Burma Government Medical School reports 1907-22
Year: 1907
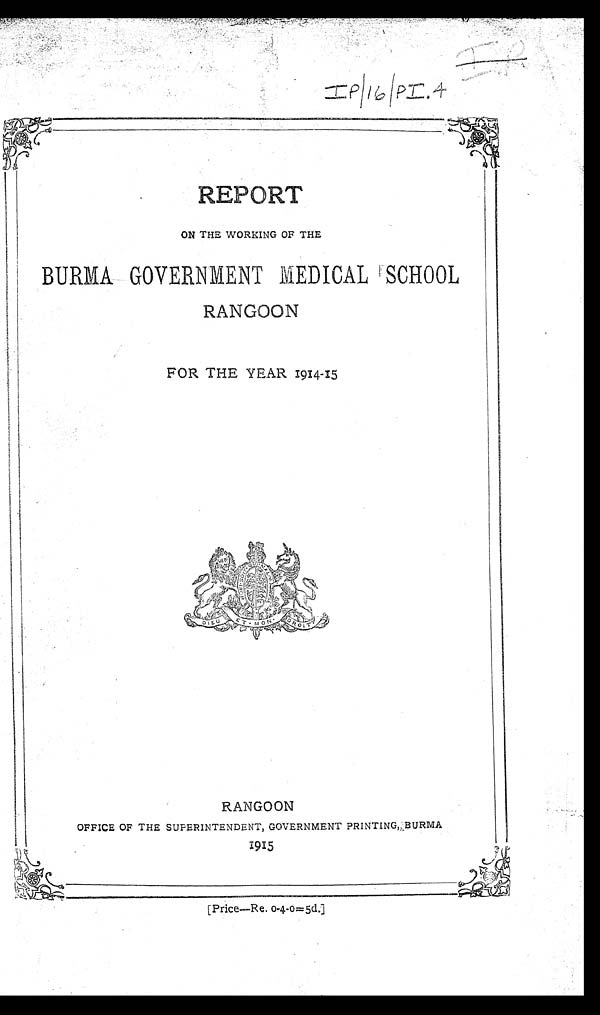
I P / 1 6 / P I . 4 I P
R E P O R T
ON THE WORKING OF THE
BURMAGO ERNMENT MEDICAL SCHOOL
RANGOON
FOR THE YEAR 1914-15
RANGOON
OFFICE OF THE SUPERINTENDENT, GOVERNMENT PRINTING, BURMA
1915
[Price—Re. o-4-o=5d.]